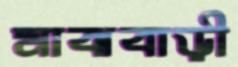
মাঝবাড়ী